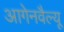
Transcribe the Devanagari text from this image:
आगेनवैल्यू